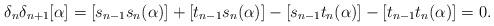
LaTeX: \begin{align*}\delta_n\delta_{n+1}[\alpha] = [s_{n-1}s_n(\alpha)] + [t_{n-1}s_n(\alpha)] - [s_{n-1}t_n(\alpha)] - [t_{n-1}t_n(\alpha)] = 0.\end{align*}